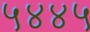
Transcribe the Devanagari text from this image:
५४४५